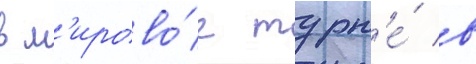
в м'ирово́е турн'е́ в